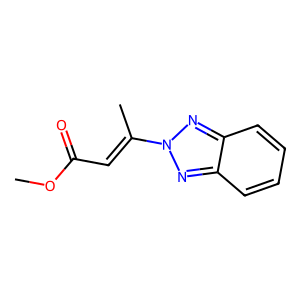
SMILES: COC(=O)C=C(C)n1nc2ccccc2n1
Inhibits HIV replication: No